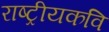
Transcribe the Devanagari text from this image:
राष्ट्रीयकवि